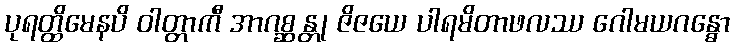
ပုရတ္ထိမေနပိ ဝါတ္တာကီ အာဂစ္ဆန္တု ဇိဇယေ ပါရမိတာဖလဿ ဂေါမယဂန္ဓော